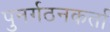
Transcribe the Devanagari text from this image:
पुनर्गठनकर्ता